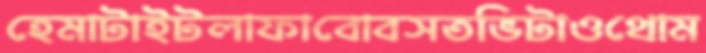
হেমাটাইটলাফাবোবসতভিটাওথোম